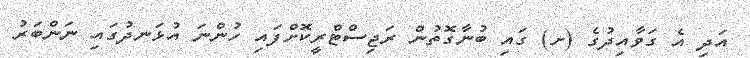
އަދި އެ ގަވާއިދުގެ (ށ) ގައި ބުނާގޮތުން ރަޖިސްޓްރީކޮށްފައި ހުންނަ އުޅަނދުގައި ނަންބަރު